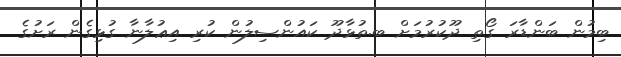
ބިމުން ބަންޑާރަ ގޯތި ދޫކުރުމަށް ބ.ތުޅާދޫ ކައުންސިލުން ކުރި އިޢުލާނާ ގުޅިގެން ރަށުގެ